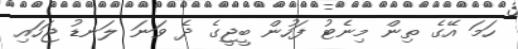
ހަމަ އޭގެ ތިން މިނެޓު ފަހުން ބީޖީގެ ދެ ވަނަ ލަނޑު ޖަހައި